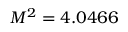
M ^ { 2 } = 4 . 0 4 6 6